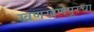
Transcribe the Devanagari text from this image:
खणखणपूरचा